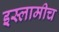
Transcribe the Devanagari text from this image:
इस्लामीच